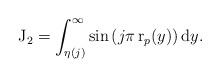
LaTeX: \begin{align*} \operatorname{J}_2=\int_{\eta(j)}^\infty \sin\left(j\pi\operatorname{r}_p(y) \right) \mathrm{d} y .\end{align*}